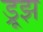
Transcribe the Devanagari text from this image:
ड्रूझ